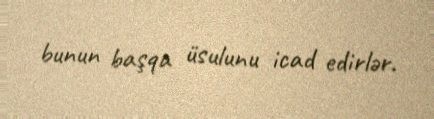
bunun başqa üsulunu icad edirlər.